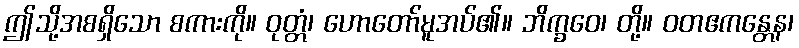
ဤသို့အစရှိသော စကားကို။ ဝုတ္တံ၊ ဟောတော်မူအပ်၏။ ဘိက္ခဝေ၊ တို့။ ဝတဧကန္တေန၊